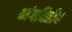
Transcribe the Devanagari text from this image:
व्यंगचित्रीय